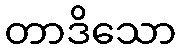
တာဒိသော